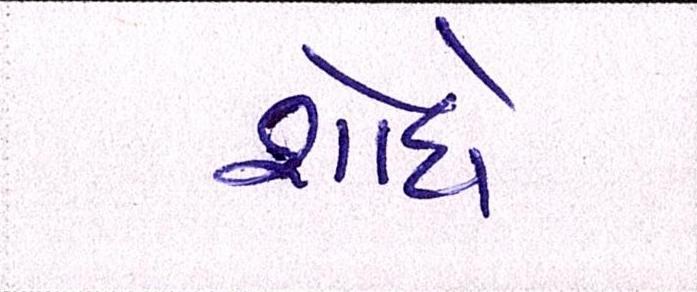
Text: શોધે